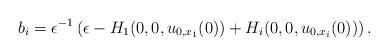
LaTeX: \begin{align*}b_{i} = \epsilon^{-1}\left(\epsilon - H_{1}(0,0,u_{0,x_{1}}(0)) + H_{i}(0,0,u_{0,x_{i}}(0))\right).\end{align*}